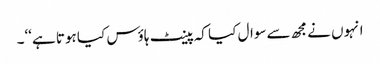
انہوں نےمجھ سےسوال کیا کہ پینٹ ہاؤس کیا ہوتا ہے‘‘۔